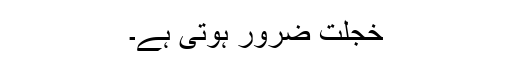
خجلت ضرور ہوتی ہے۔